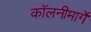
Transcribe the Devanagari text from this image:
कॉलनीमार्गे